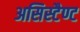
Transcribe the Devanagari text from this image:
असिस्टैण्ट